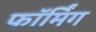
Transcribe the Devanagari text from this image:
फॉर्मिंग